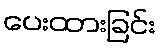
ပေးထားခြင်း